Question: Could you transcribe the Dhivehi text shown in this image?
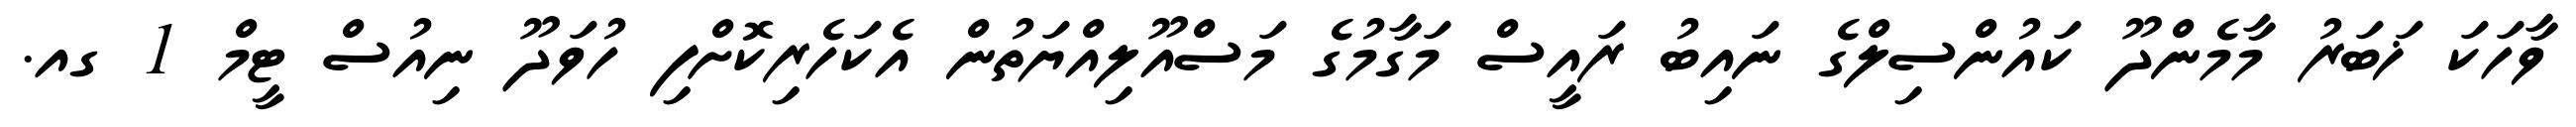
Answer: ވާހަކަ ޚަބަރު މާމެންދޫ ކައުންސިލްގެ ނައިބު ރައީސް މަގާމުގެ މަސްއޫލިއްޔަތުން އެކަހެރިކޮށްފި ހުވަދޫ ނިއުސް ޓީމް 1 ގއ.